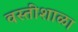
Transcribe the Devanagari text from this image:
वस्तीशाळा